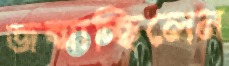
জন্মাচ্ছিলেন